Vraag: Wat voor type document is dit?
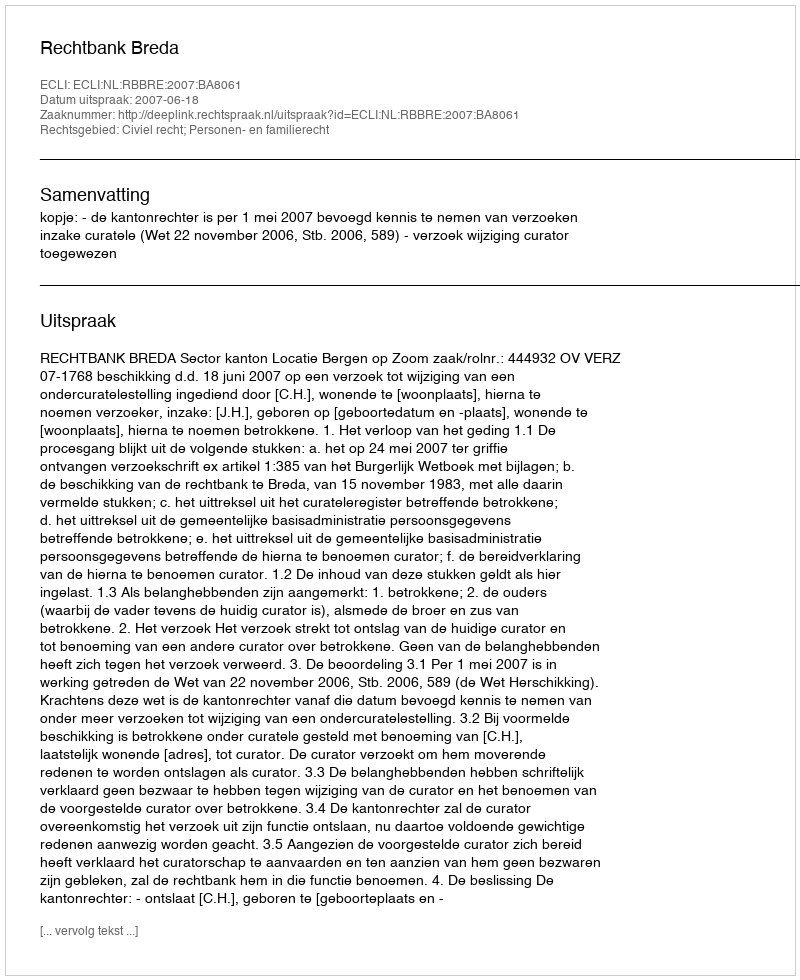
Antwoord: Uitspraak